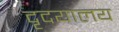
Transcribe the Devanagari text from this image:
दृदयालय